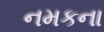
નમકના